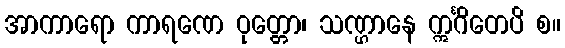
အာကာရော ကာရဏေ ဝုတ္တော၊ သဏ္ဌာနေ ဣင်္ဂိတေပိ စ။